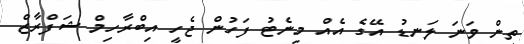
ތިން ވަނަ ލަނޑު އޭގެ އެއް މިނެޓު ފަހުން ޖެހީ އިބްރާހިމް ޝަފްރާޒް